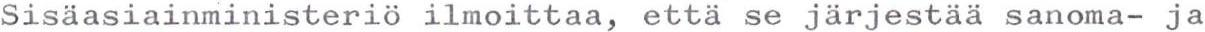
Sisäasiainministeriö ilmoittaa, että se järjestää sanoma- ja